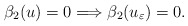
\begin{align*}\beta_2(u) = 0 \Longrightarrow \beta_2(u_{\varepsilon}) = 0. \end{align*}